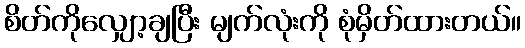
စိတ်ကိုလျှော့ချပြီး မျက်လုံးကို စုံမှိတ်ထားတယ်။